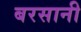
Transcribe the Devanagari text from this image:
बरसानी